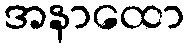
အနာထော